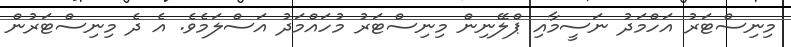
މިނިސްޓަރު އަހްމަދު ނަސީމާއި ޕްލޭނިން މިނިސްޓަރު މުހައްމަދު އަސްލަމެވެ. އެ ދެ މިނިސްޓަރުން